Calcutta medical institutions reports 1879-81 [i.e.91]
Year: 1879
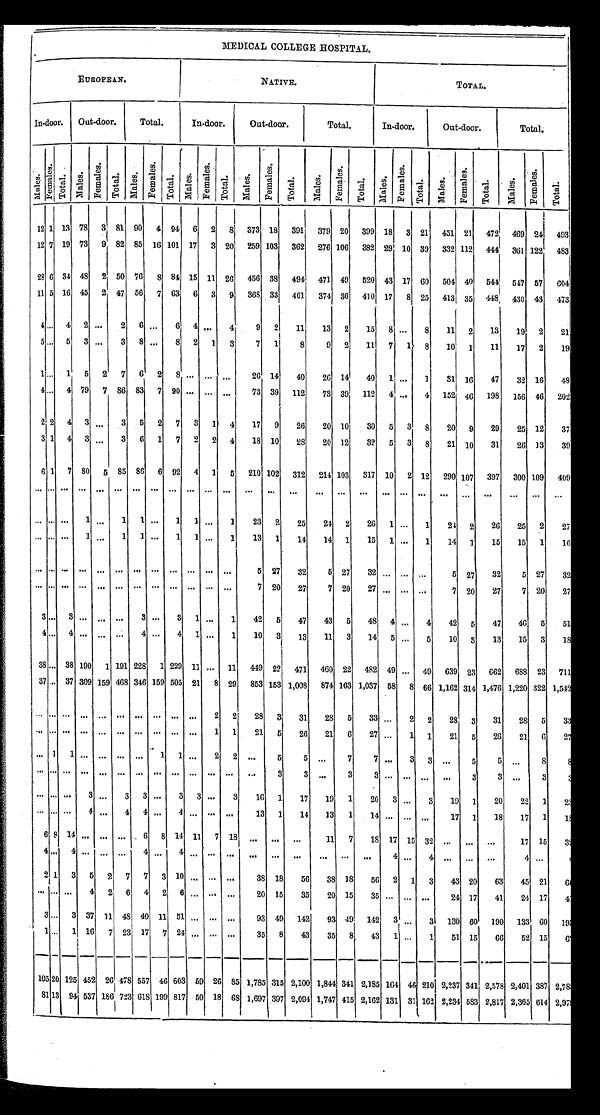
MEDICAL COLLEGE HOSPITAL.
EUROPEAN.
NATIVE.
TOTAL.
In-door.
Out-door.
Total.
In-door.
Out-door.
Total.
In-door.
Out-door.
Total.
Males.
Fe ma l e s .
Total.
Mal es.
Femal es .
Total.
Ma l e s .
F e m a l e s .
Total. Ma l e s . Femal es. Total.
Ma l e s .
F e m a l e s .
T o t a l .
M a l e s .
Femal es.
To t a l .
M a l e s .
Femal es.
T o t a l .
M a l e s .
F e m a l e s .
T o t a l .
M a l e s .
F e m a l e s .
T o t a l .
1 2 1
1 3
7 8
3
8 1
9 0
4
9 4
6
2
8
3 7 3
1 8
3 9 1
3 7 9
2 0
3 9 9
1 8
3
2 1
4 5 1
2 1
4 7 2
4 6 9
2 4
4 9 3
1 2 7
1 9
7 3
9
8 2
8 5
1 6
1 0 1
1 7
3
2 0
2 5 9 1 0 3
3 6 2
2 7 6
1 0 6
3 8 2
2 9
1 0
3 9
3 3 2
1 1 2
4 4 4
3 6 1
1 2 2
4 8 3
2 8 6
3 4
4 8
2
5 0
7 6
8
8 4
1 5
1 1
2 6
4 5 6 3 8
4 9 4
4 7 1
4 9
5 2 0
4 3
1 7
6 0
5 0 4
4 0
5 4 4
5 4 7
5 7
6 0 4
1 1 5 1 6
4 5
2
4 7
5 6
7
6 3
6 3
9
3 6 8
3 3
4 0 1
3 7 4
3 6
4 1 0
1 7
8
2 5
4 1 3
3 5
4 4 8
4 3 0
4 3
4 7 3
4
. . .
4
2
. . .
2 6
. . .
6 4
. . .
4 9
2
1 1
1 3
2
1 5
8 . . .
8
1 1
2
1 3
1 9
2
2 1
5
. . . 5
3
. . .
3 8
. . .
8
2
1
3
7
1
8
9
2
1 1
7 1
8
1 0
1
1 1
1 7
2
1 9
1 . . .
1
5
2
7
6
2
8
. . .
. . .
. . .
2 6 1 4
4 0
2 6
1 4
4 0 1
. . .
1
3 1 1 6
4 7
3 2 1 6
4 8
4 . . . 4
7 9
7
8 6
8 3 7
9 0
. . .
. . .
. . .
7 3
3 9
1 1 2
7 3
3 9
1 1 2
4
. . .
4
1 5 2
4 6
1 9 8
1 5 6
4 6
2 0 2
2
2 4
3
. . .
3
5 2
7
3
1
4
1 7
9
2 6
2 0 1 0
3 0 5
3
8
2 0 9
2 9
2 5
1 2
3 7
3 1 4 3
. . .
3 6
1
7
2
2
4
1 8
1 0
2 8 2 0
1 2
3 2
5
3
8
2 1
1 0
3 1 2 6
1 3
3 9
6 1 7
8 0
5
8 5
8 6 6
9 2
4
1
5
2 1 0
1 0 2
3 1 2
2 1 4
1 0 3
3 1 7
1 0
2
1 2
2 9 0
1 0 7
3 9 7
3 0 0 1 0 9
4 0 9
. . . . . . . . .
. . . . . .
. . . . . .
. . . . . .
. . .
. . .
. . .
. . . . . .
. . .
. . .
. . .
. . .
. . .
. . .
. . .
. . .
. . .
. . .
. . .
. . .
. . .
. . . . . . . . .
1
. . . 1
1
. . .
1 1
. . .
1 2 3
2
2 5
2 4
2 2 6
1
. . .
1 2 4
2
2 6
2 5 2
2 7
. . . . . . . . .
1
. . . 1
1
. . .
1 1
. . .
1 1 3
1
1 4
1 4
1
1 5
1
. . .
1 1 4
1
1 5
1 5 1
1 6
. . . . . .
. . .
. . . . . .
. . .
. . .
. . .
. . .
. . .
. . . . . .
5
2 7
3 2
5
2 7
3 2
. . .
. . .
. . .
5
2 7
3 2
5
2 7
3 2
. . . . . . . . .
. . .
. . .
. . .
. . . . . .
. . .
. . . . . .
. . .
7
2 0
2 7
7
2 0
2 7
. . .
. . .
. . . 7
2 0
2 7
7
2 0
2 7
3 . . . 3
. . . . . . . . .
3
. . . 3
1
. . .
1 4 2
5
4 7
4 3
5
4 8
4
. . .
4 4 2
5
4 7
4 6
5
5 1
4 . . . 4
. . . . . . . . .
4
. . . 4
1
. . . 1
1 0
3
1 3
1 1
3
1 4
5
. . .
5 1 0
3
1 3
1 5
3
1 8
3 8 . . . 3 8
1 9 0
1
1 9 1
2 2 8
1
2 2 9
1 1
. . . 1 1
4 4 9
2 2
4 7 1
4 6 0
2 2 4 8 2
4 9
. . .
4 9 6 3 9
2 3
6 6 2
6 8 8 2 3
7 1 1
3 7 . . . 3 7
3 0 9
1 5 9
4 6 8
3 4 6
1 5 9
5 0 5
2 1
8
2 9
8 5 3
1 5 3
1 , 0 0 8
8 7 4 1 6 3
1 , 0 3 7
5 8
8
6 6
1 , 1 6 2
3 1 4 1 , 4 7 6
1 , 2 2 0
3 2 2
1 , 5 4 2
. . . . . . . . . . . .
. . . . . .
. . . . . .
. . .
. . .
2
2
2 8
3
3 1
2 8
5
3 3
. . . 2
2
2 8
3
3 1
2 8
5
3 3
. . . . . . . . . . . .
. . . . . .
. . . . . .
. . .
. . .
1
1
2 1
5
2 6
2 1
6
2 7
. . . 1
1
2 1
5
2 6
2 1
6
2 7
. . . 1
1
. . .
. . . . . .
. . . 1
1
. . . 2
2
. . .
5
5
. . .
7
7
. . . 3
3
. . .
5
5
. . .
8 8
. . . . . .
. . .
. . .
. . . . . .
. . . . . .
. . .
. . .
. . .
. . .
. . . 3
3
. . .
3 3
. . .
. . .
. . .
. . .
3
3
. . .
3
3
. . . . . .
. . . 3
. . . 3
3
. . . 3
3
. . . 3
1 6
1
1 7
1 9
1
2 0
3
. . . 3
1 9
1
2 0
2 2
1
2 3
. . . . . .
. . . 4
. . . 4
4
. . . 4
. . . . . .
. . .
1 3
1
1 4
1 3
1
1 4
. . . . . . . . .
1 7
1
1 8
1 7
1
1 8
6 8
1 4
. . .
. . .
. . .
6
8
1 4
1 1
7
1 8
. . .
. . .
. . .
1 1
7
1 8
1 7
1 5
3 2 . . .
. . .
. . .
1 7 1 5
3 2
4 . . .
4
. . .
. . .
. . .
4
. . .
4
. . .
. . .
. . .
. . .
. . .
. . .
. . .
. . .
. . .
4
. . .
4
. . .
. . .
. . .
4
. . . 4
2 1
3
5
2
7
7
3
1 0
. . . . . .
. . .
3 8
1 8
5 6
3 8
1 8 5 6
2
1
3
4 3
2 0
6 3
4 5
2 1
. . . . . .
. . .
4
2
6
4
2
6
. . . . . .
. . .
2 0
1 5
3 5
2 0
1 5 3 5
. . . . . .
. . . 2 4
1 7
4 1
2 4
1 7
4 1
3 . . .
3
3 7
1 1
4 8
4 0
1 1
5 1
. . . . . .
. . .
9 3
4 9
1 4 2
9 3
4 9 1 4 2
3
. . . 3
1 3 0
6 0
1 9 0
1 3 3
6 0
1 . . .
1
1 6
7
2 3
1 7
7
2 4
. . .
. . .
. . .
3 5
8
4 3
3 5
8
4 3
1
. . . 1
5 1
1 5
6 6
5 2
1 5
1 0 5 2 0
1 2 5
4 5 2
2 6
4 7 8
5 5 7
4 6
6 0 3
5 9
2 6
8 5
1 , 7 8 5
3 1 5
2 , 1 0 0
1 , 8 4 4
3 4 1
2 , 1 8 5
1 6 4
4 6
2 1 0 2 , 2 3 7
3 4 1
2 , 5 7 8
2 , 4 0 1
3 8 7
8 1 1 3
9 4
5 3 7
1 8 6
7 2 3
6 1 8
1 9 9
8 1 7
5 0
1 8
6 8
1 , 6 9 7
3 9 7
2 , 0 9 4
1 , 7 4 7
4 1 5
2 , 1 6 2
1 3 1
3 1
1 6 2
2 , 2 3 4
5 8 3
2 , 8 1 7
2 , 3 6 5
6 1 4